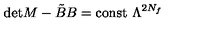
\mathrm { d e t } M - \tilde { B } B = \mathrm { c o n s t } \ \Lambda ^ { 2 N _ { f } }